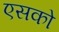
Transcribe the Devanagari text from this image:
एसको